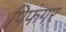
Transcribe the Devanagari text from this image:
पिफंगर